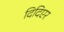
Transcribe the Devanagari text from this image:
दिदिएर